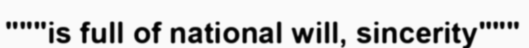
"""is full of national will, sincerity"""